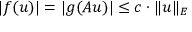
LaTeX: | f ( u ) | = | g ( A u ) | \leq c \cdot \| u \| _ { E }